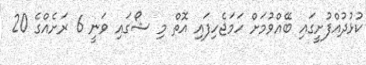
ކުޅުދުއްފުށީގައި ބޭއްވުމަށް ހަމަޖެހިފައި އޮތް މި ޝޯގައި ވަނީ 6 ރަށެއްގެ 20